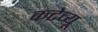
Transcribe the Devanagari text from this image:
कटेच्यू